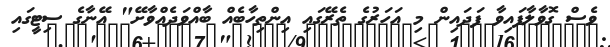
ވެސް ގޮވާލާފައިވާ ފަދައިން މި އަހަރުގެ ތެރޭގައި އިންތިހާބެއް ބާއްވަދެއްވާށޭ" އޭނާގެ ސިޓީގައި